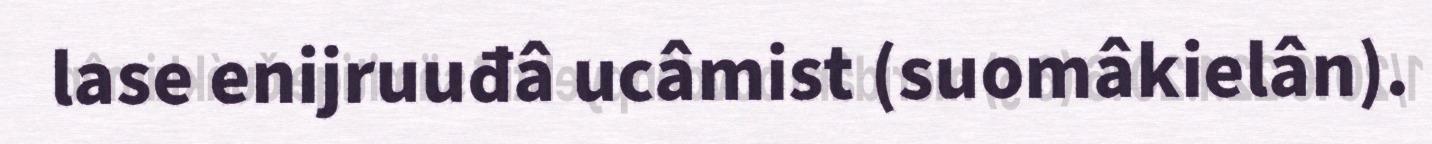
lase enijruuđâ ucâmist (suomâkielân).